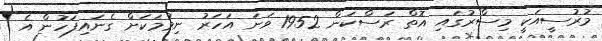
މުރުސީއަކީ މިސްރުގައި އޮތް ރަސްކަން 1952 ވަނަ އަހަރު ނިމުމަކަށް ގެނައިފަހުން އެ